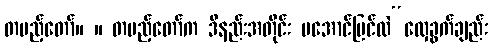
တပည့်တော်။ ။ တပည့်တော်က ဒီနည်းအတိုင်း မအောင်မြင်လဲ“လှေခွက်ချည်း